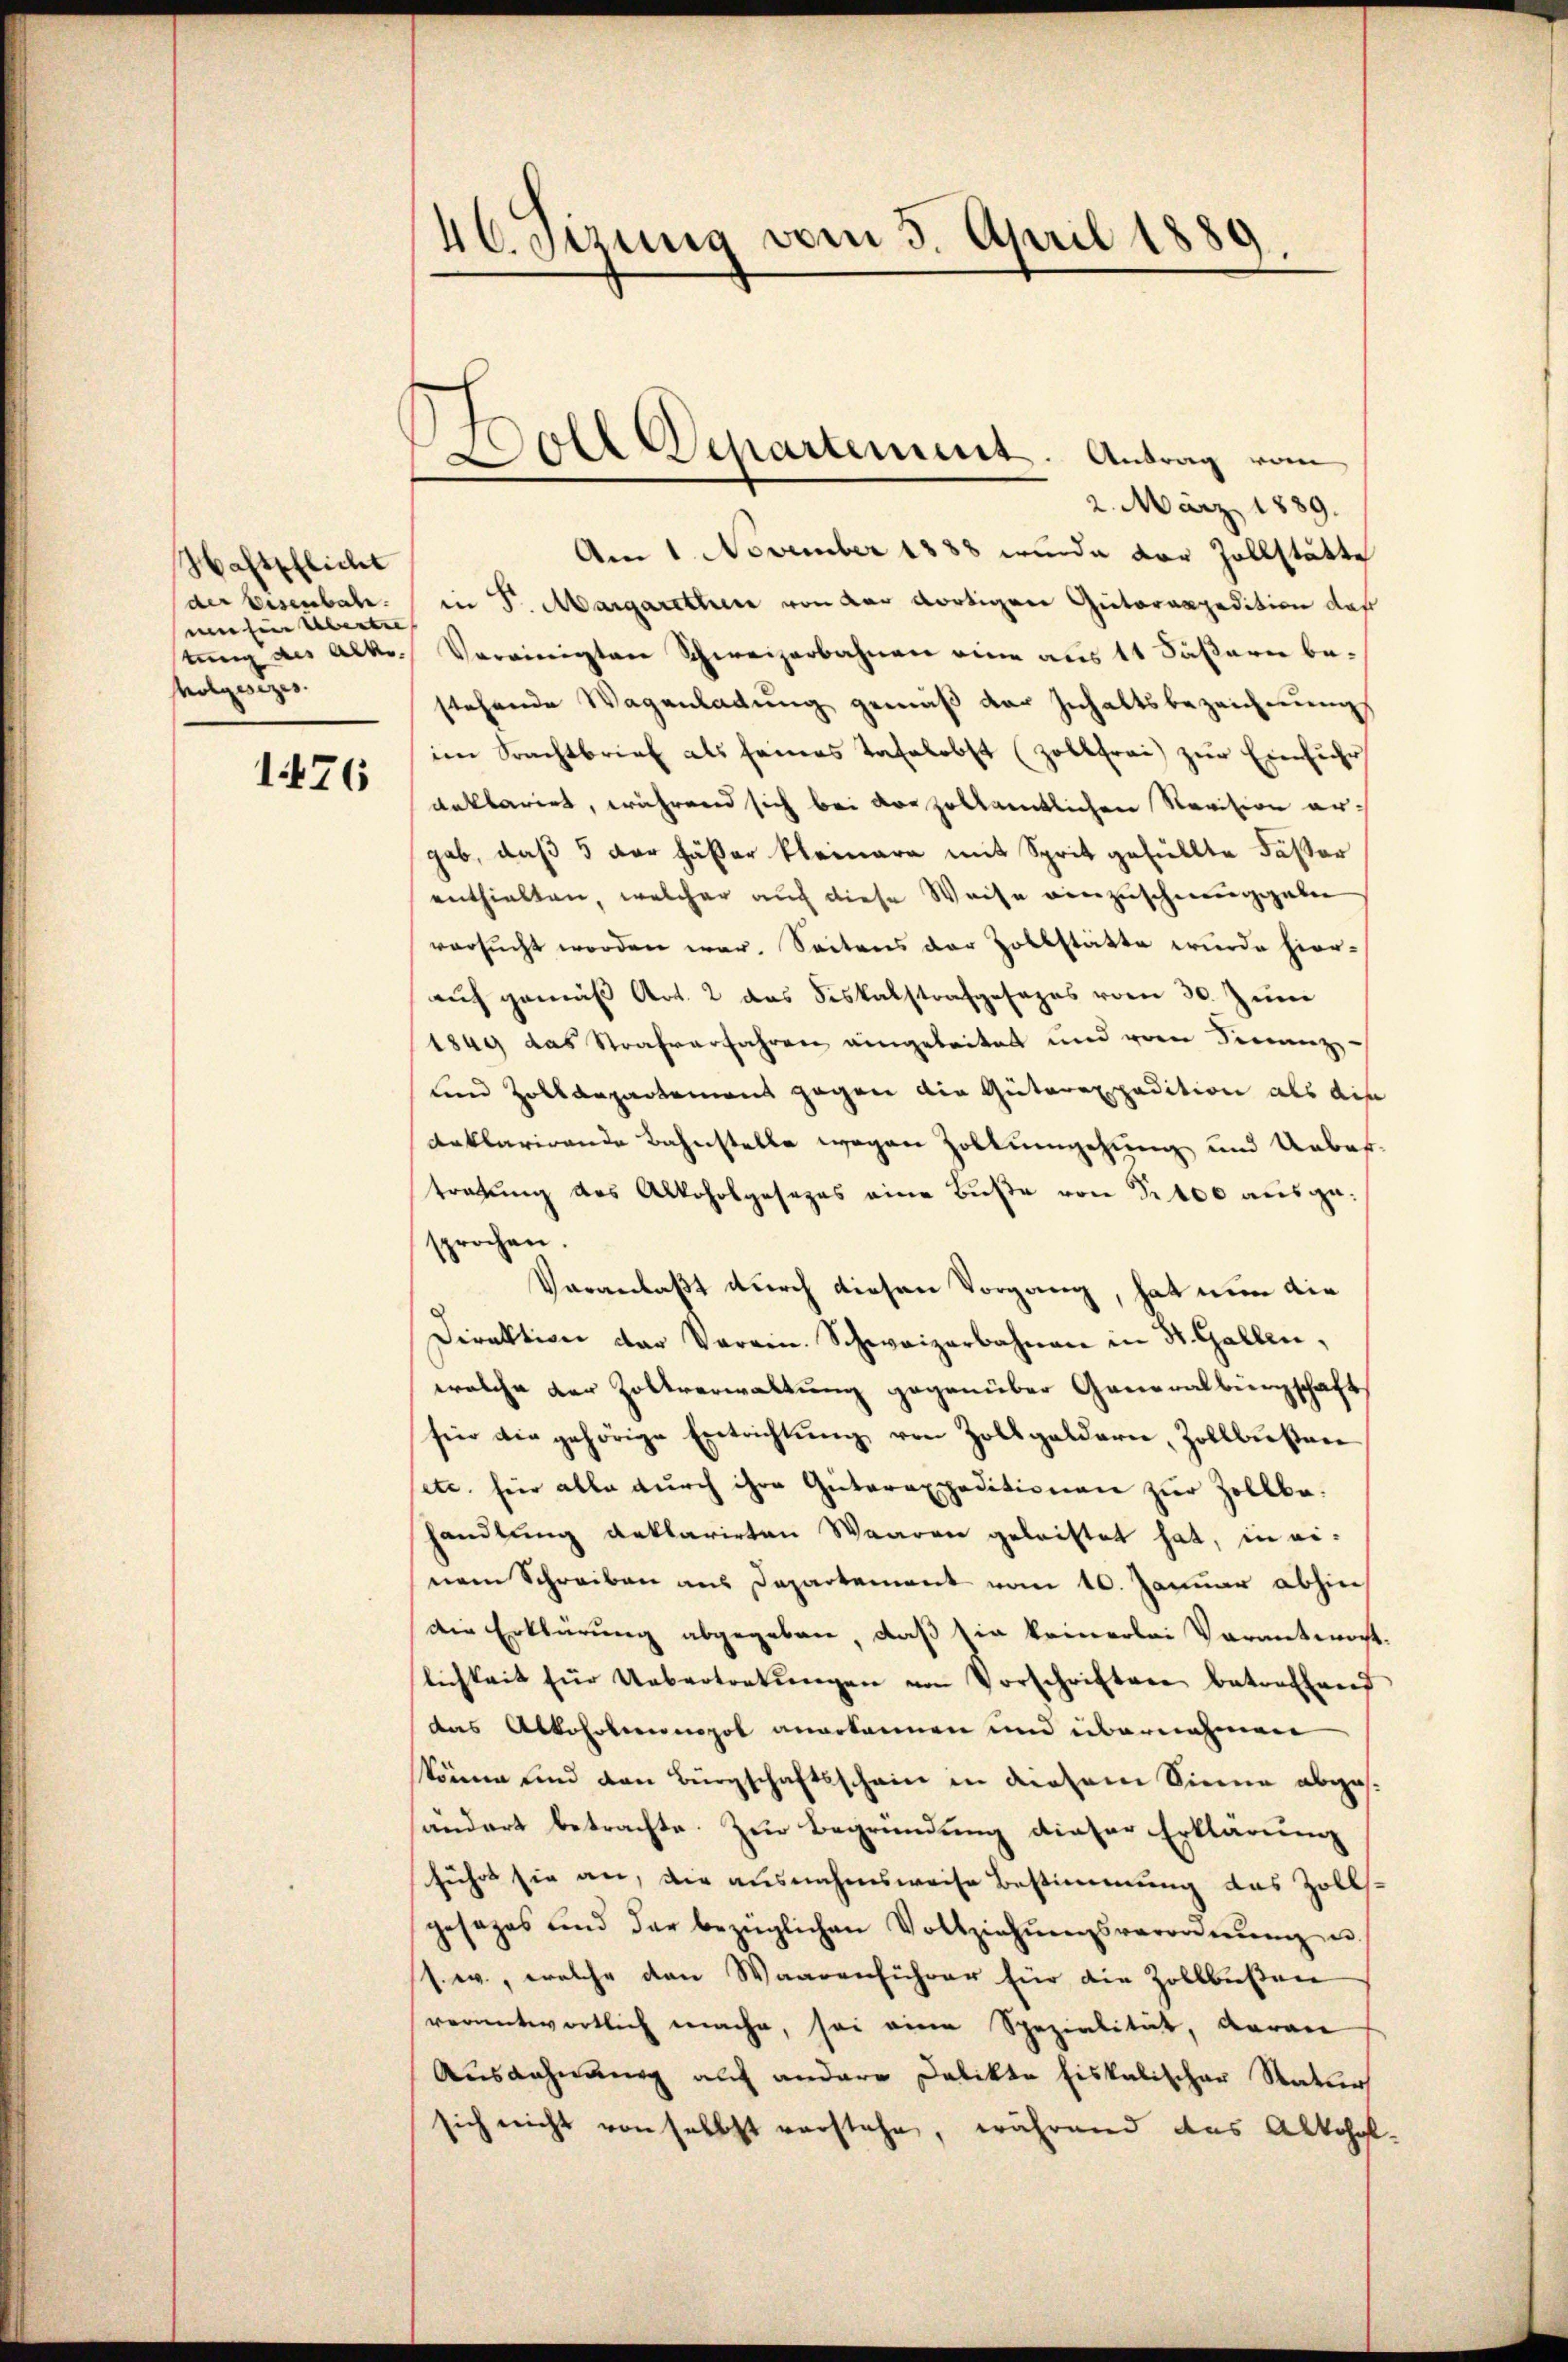
Haftpflicht
der Eisenbahn.
mee hier Abente |
tung des Albe
Molgesezes.

1476

46 etzung vom 3. April 1889

oer Departement. Antrag vom

2. März 1889.
Am 1. November 1888 wurde der Zollstätte
in P. Margaretten von der dortigen Güterrapedition daß
Vereinigten Schweizerbahnen eine aus 11 Säβarn be-
stehende Wagenladung gemäß der Inhaltsbezeichnung
im Prachtbrief als seines Tafelobst (Zollfrei zŭr Einführ
deklarirt, während sich bei vor zollamtlichen Navition ergab, daß 3 der hätter kleinere mit Sprit gefüllte Fässer
enthielten, welcher auch diese Weise einzuschenggeben
versucht worden war. Seitens der Zollstätte wurde hier-
auf gemäß Art. 2 das Fiskalstrafgesages vom 30. Juni
1849 das Strafverfahren eingeleitet und vom Finanz-
und Zolldepartement gegen die Güterexpedition als dis
Anklarirende Bahnstelle wegen Zollumgehung und Uebertratung des Alkoholgesezes eine Buße von Fr. 400 ausgesprochen.
Veranlaßt durch diesen Vorgang, hat nun die
Direktion der Veran. Schweizerbahnen in St. Gallen,
welche der Zollverwaltung gegenüber Generalburgschaft
sin die gehörige Entrichtung von Zollgeldern, Zollbußen
etc. für alle durch ihre Güterexpeditionen zur Zollbahandlung anklarirten Waaren geleistet hat, in einem Schreiben aus Departement vom 10. Januar abhin
die Erklärung abgegeben, daß sie keinerlei Veranteracht.
lichkeit für Uebertretŭngen von Vorschriften betreffend
das Alkoholeonopol angekannen und übernehmen
könne und den Bürgschaftsschein in diesem Sinne abges.
ändert betrachte. Zur Begründung dieser Erklärung
führt sie an, die ausnahmsweise Bestimmung das Zolls-
gesages und der bezüglichen Vollziehŭngsverordnŭng u.
s. w., welche den Waarenführer für die Zollbüßen
verantwortlich mache, sei eine Spezialität, darau
Ausdehnung auch andere Delikte fiskalischer Natur
sich nicht von selbst verstehe, während das Alkohol-